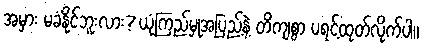
အမှား မခံနိုင်ဘူးလား? ယုံကြည်မှုအပြည့်နဲ့ တိကျစွာ ပရင့်ထုတ်လိုက်ပါ။